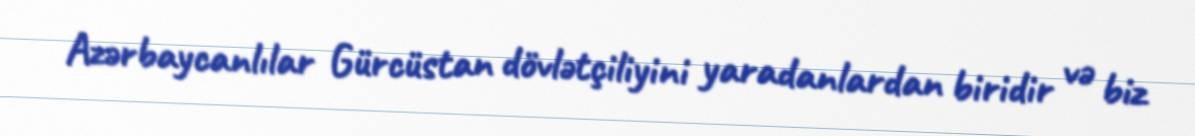
Azərbaycanlılar Gürcüstan dövlətçiliyini yaradanlardan biridir və biz